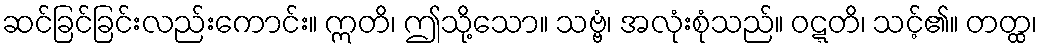
ဆင်ခြင်ခြင်းလည်းကောင်း။ ဣတိ၊ ဤသို့သော။ သဗ္ဗံ၊ အလုံးစုံသည်။ ဝဋ္ဋတိ၊ သင့်၏။ တတ္ထ၊